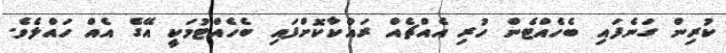
ކުރިން ގަނެފައި ބެހެއްޓެން ހުރި އެއްޗެއް ރައްކާކޮށްފައި ބެހެއްޓުމަކީ އޭގެ އެއް ހައްލެވެ.